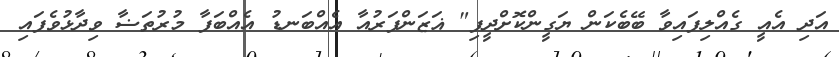
އަދި އެއީ ގެއްލިފައިވާ ބޭބެކަން ޔަގީންކޮށްދީފި" ޣަޒަންފަރުއާ އެއްބަނޑު އެއްބަފާ މުރުތަޟާ ވިދާޅުވެފައި